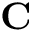
\mathbf { C }